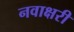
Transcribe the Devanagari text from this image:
नवाक्षरी